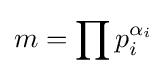
m=\prod p_{i}^{\alpha _{i}}